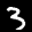
Label: 3